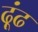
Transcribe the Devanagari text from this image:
ढ़ूंढ